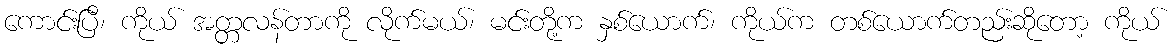
ကောင်းပြီ၊ ကိုယ် အတ္တလန်တာကို လိုက်မယ်၊ မင်းတို့က နှစ်ယောက်၊ ကိုယ်က တစ်ယောက်တည်းဆိုတော့ ကိုယ်